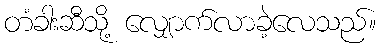
တံခါးဆီသို့ လျှောက်လာခဲ့လေသည်။